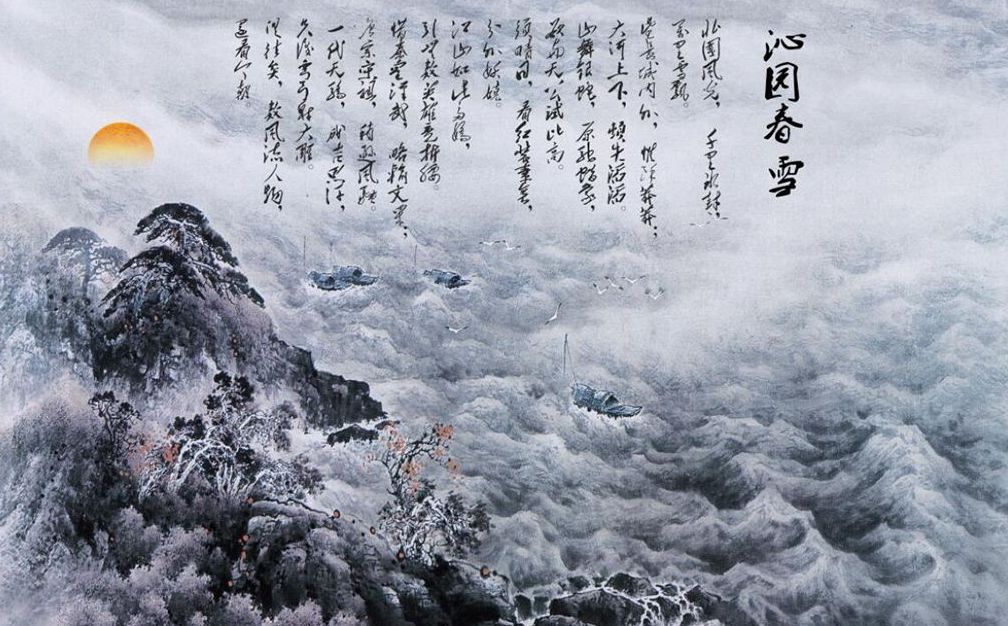
俱往矣，数风流人物，还看今朝。